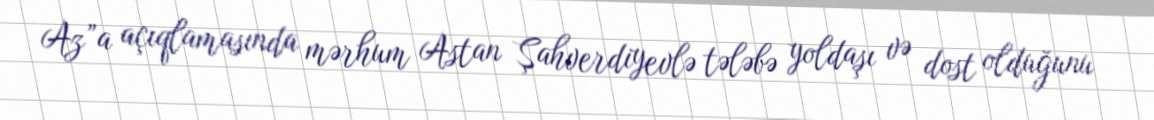
Az”a açıqlamasında mərhum Astan Şahverdiyevlə tələbə yoldaşı və dost olduğunu